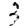
Digit: 3